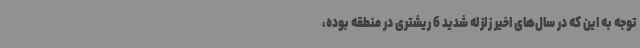
توجه به این که در سال‌های اخیر زلزله شدید 6 ریشتری در منطقه بوده،